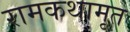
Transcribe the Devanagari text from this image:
रामकथामृत